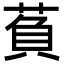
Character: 萯